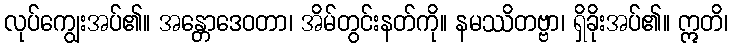
လုပ်ကျွေးအပ်၏။ အန္တောဒေဝတာ၊ အိမ်တွင်းနတ်ကို။ နမဿိတဗ္ဗာ၊ ရှိခိုးအပ်၏။ ဣတိ၊